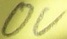
Text: 0V